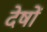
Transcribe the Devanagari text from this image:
देषों